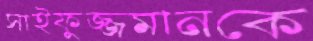
সাইফুজ্জমানকে